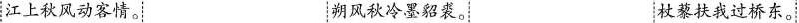
江上秋风动客情。 朔风秋冷墨貂裘。杖蔡扶我过桥东。